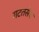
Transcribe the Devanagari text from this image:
गटतसेच